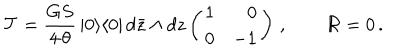
{ \cal T } = \frac { G S } { 4 \, \theta } \, | 0 \rangle \langle 0 | \, d \bar { z } \wedge d z \left( \begin{array} { r r } { { 1 } } & { { 0 } } \\ { { 0 } } & { { - 1 } } \\ \end{array} \right) \, , \qquad { \cal R } = 0 \, .